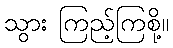
သွား ကြည့်ကြစို့။